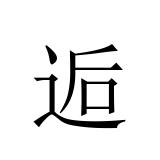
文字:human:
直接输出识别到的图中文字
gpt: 逅